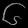
Digit: ၆